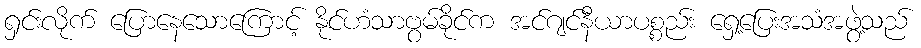
ရှင်းလိုက် ပြောနေသောကြောင့် နိုင်ဟံသာဗွမ်ခိုင်က အင်ဂျင်နီယာပစ္စည်း ရှေ့ပြေးအသံအဖွဲ့သည်